Insane asylums in Bengal annual reports 1876-1887 - 1876-1887
Year: 1876
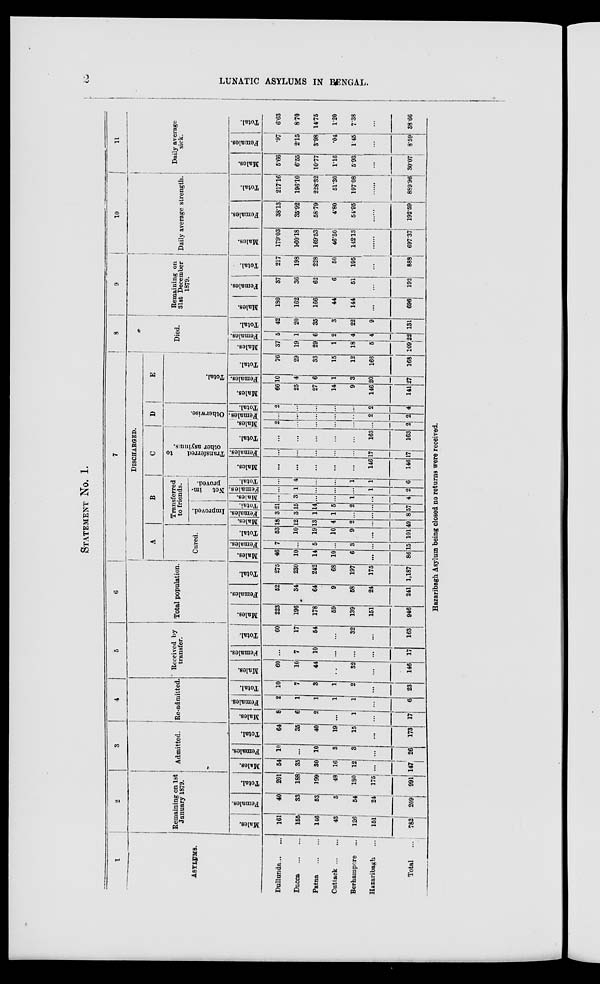
2
LUNATIC ASYLUMS IN BENGAL.
STATEMENT No. 1.
1
ASYLUMS.
Dullunda ... ...
Dacca
...
...
Patna
... ...
Cuttack ... ...
Berhampore ...
Hazaribagh ...
Total
...
2
Remaining on 1st
January 1879.
Males.
161
155
146
43
126
151
782
Females.
40
33
53
5
54
24
209
Total.
201
188
199
48
180
175
991
3
Admitted.
Males.
54
35
30
16
12
...
147
Females.
10
...
10
3
3
...
26
Total.
64
35
40
19
15
...
173
4
Re-admitted.
Males.
8
6
2
...
1
...
17
Females.
2
1
1
1
1
...
6
Total.
10
7
3
1
2
...
23
5
Received by
transfer.
Males.
60
10
44
...
32
...
146
Females.
...
7
10
...
...
...
17
Total.
60
17
54
...
32
...
163
6
Total population.
Males.
223
196
178
59
139
151
946
Females.
52
34
64
9
58
24
241
Total.
275
230
242
68
197
175
1,187
7
DISCHARGED.
A
Cured.
Males.
46
10
14
10
6
...
86
Females.
7
...
5
...
3
...
15
Total.
53
10
19
10
9
...
101
B
Transferred
to friends.
Improved.
Males.
18
12
13
4
2
...
49
Females.
3
3
1
1
...
...
8
Total.
21
15
14
5
2
...
57
Not im-
proved.
Males.
...
3
...
...
1
...
4
Females.
...
1
...
...
...
1
2
Total.
...
4
...
...
1
1
6
C
Transferred
to
other asylums.
Males.
...
...
...
...
...
146
146
Females.
...
...
...
...
...
17
17
Total.
...
...
...
...
...
163
163
D
Otherwise.
Males.
2
...
...
...
...
...
2
Females.
...
...
...
...
...
2
2
Total.
2
...
...
...
...
2
4
E
Total.
Males.
66
25
27
14
9
146
141
Females.
10
4
6
1
3
20
27
Total.
76
29
33
15
12
166
168
8
Died.
Males.
37
19
29
1
18
5
109
Females.
5
1
6
2
4
4
22
Total.
42
20
35
3
22
9
131
9
Remaining on
31st December
1879.
Males.
180
162
166
44
144
...
696
Females.
37
36
62
6
51
...
192
Total.
217
198
228
50
195
...
888
10
Daily average strength.
Males.
179.03
160.18
169.53
46.50
142.13
......
697.37
Females.
38.13
35.92
58.79
4.80
54.95
......
192.59
Total.
217.16
196.10
228.32
51.30
197.08
......
889.96
11
Daily average
sick.
Males.
5.66
6.55
10.77
1.16
5.93
...
30.07
Females.
.97
2.15
3.98
.04
1.45
...
8.59
Total.
6.63
8.70
14.75
1.20
7.38
...
38.66
Hazaribagh Asylum being closed no returns were received.